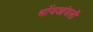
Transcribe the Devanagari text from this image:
भोंयआंवली